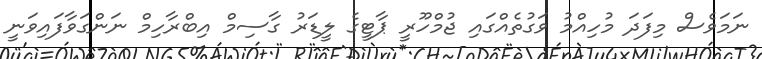
ނަމަވެސް މިފަދަ މުހިއްމު ވަގުތެއްގައި ޖުމްހޫރީ ޕާޓީގެ ލީޑަރު ގާސިމް އިބްރާހިމް ނަންގަވާފައިވަނީ